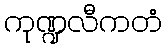
ကုဏ္ဍလီကတံ